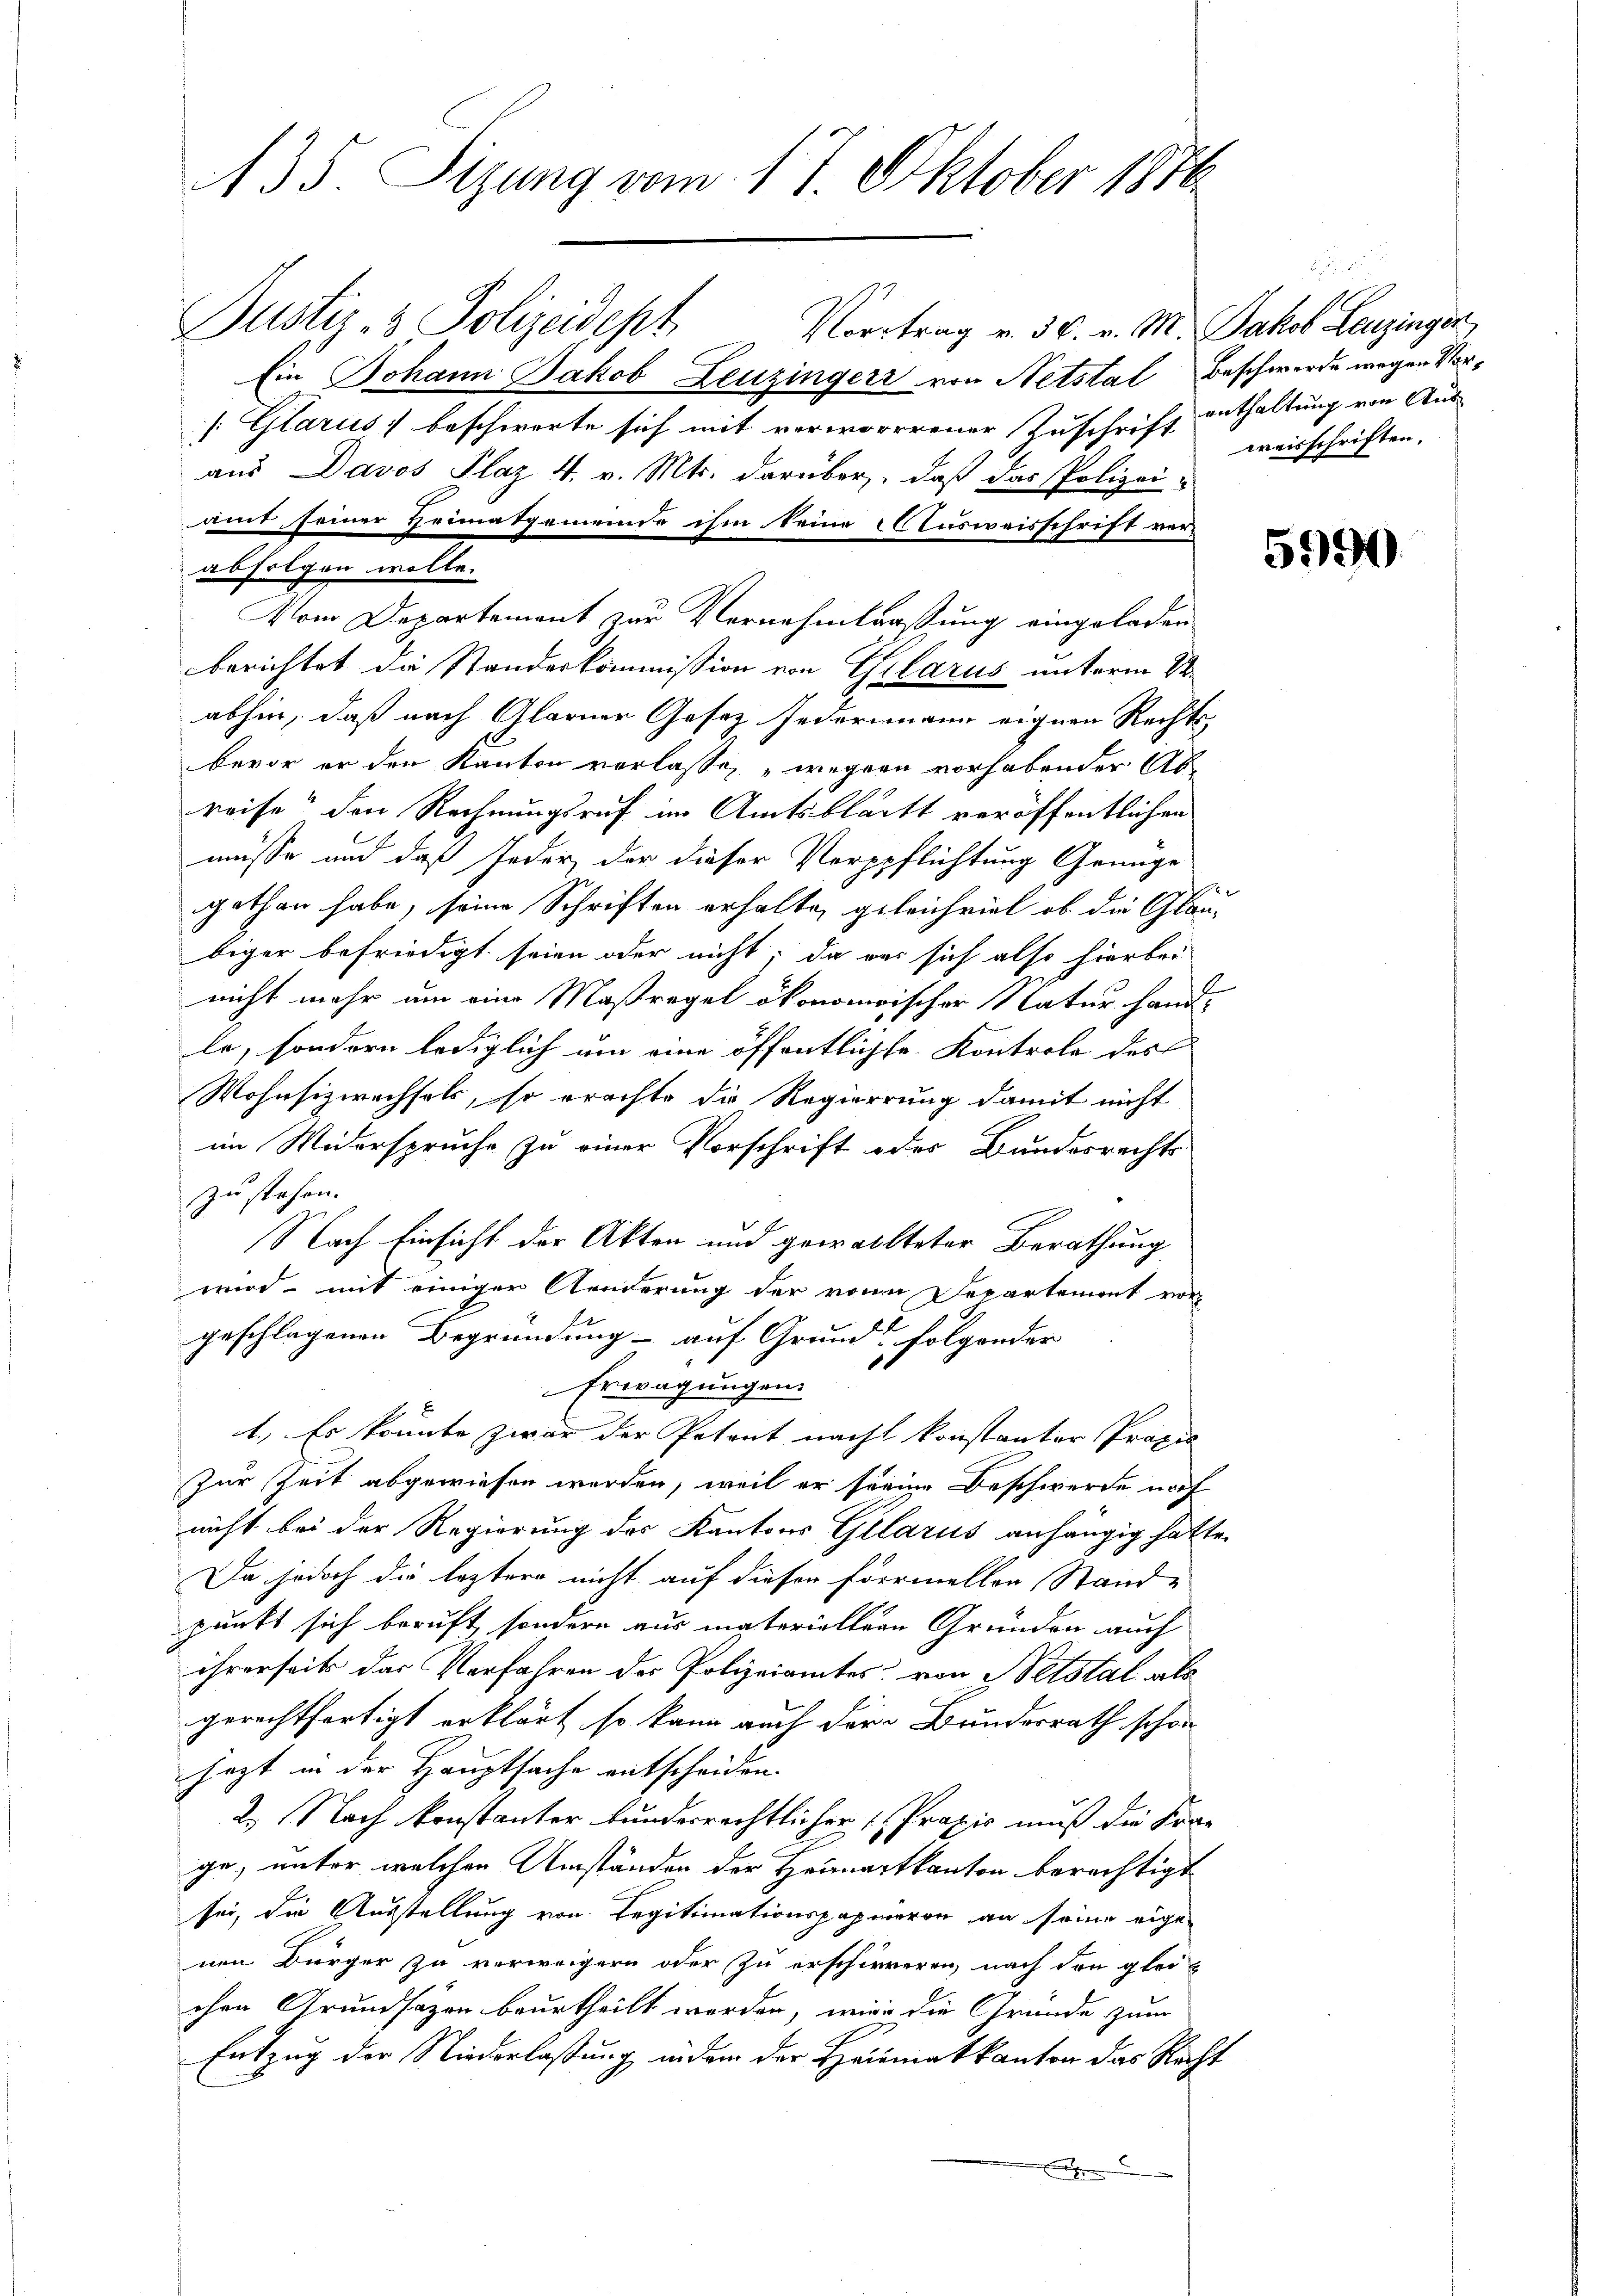
A35. Sizung vom 17. Oktober 1876

Justiz- & Polizeidept
Vortrag v. 30. v. M. Jakob Leuzinger,
Ein Johann Jakob Leuzingerr von Netstal Beschwerde wegen Vor¬
/. Glarus, beschwerte sich mit verworrrener Zuschrift enthaltung von Aus-
aus Davos Plaz 4. v. Mts. darüber, daß das Polizei-
amt seiner Heimatgemeinde ihm seine Ausweisschrift verberichtet die Standeskommission von Glarus unterm 24.
abhin, daß nach Glarner Gesez Jedermann eignen Rechts-
bevor er den Kanton verlasse, wegen vorhabender Abreise den Rechnungsruf im Amtsbläckt veröffentlichen
müsse und daß Jeder der dieser Verpflichtung Genüge
gethan habe, seine Schriften erhalte, geleichviel ob die Glanbiger befriedigt seien oder nicht; da war sich also hierbei
nicht mehr um eine Maßregel ökonomischer Natur handle, sondern lediglich um eine öffentliche Kontrole des
Wohnsizwachsels, so erachte die Regierung damit nicht
im Widerspruche zu einer Vorschrift oder Bundesrechts
zu stehen.
Nach Einsicht der Akten und gewollteter Berathung
wird mit einiger Aenderung der von Separtemont von
geschlagenen Begründung auf Grund folgender
Erwägungen.
1. Es könnte zwar der Petent nach konstanter Propis
zur Zeit abgewiesen werden, weil er seine Beschwerde noch
nicht bei der Regierung des Kantons Glarus anhängig hatte.
Da jedoch die leztere nicht auf diesen Formellen Stande
punkt sich beruft, sondern aus materiellern Gründen auch
ihrerseits das Verfahren der Polizeiamtes, von Betstal als
gerechtfertigt erklärt, so kann auch der Bundesrath schon
jezt in der Hauptsache entscheiden.
2. Nach konstanter bunderrechtlicher Praxis muß die Fra-
ge, unter welchen Umständen der Heimatkanton berechtigt
sei, die Ausstellung von Legitimationspapieren an seine eige-
nen Bürger zu verweigern oder zu erschieneren, nach den gleichen Grundsazen beurtheilt werden, wie die Gründe zum
Entzug der Niederlassung in dem der Heimatkanton das Recht
r

abfolgen wolle.

Vom Departement zur Vernehmlaaßung eingeladen

d
weisschriften.

2

5990